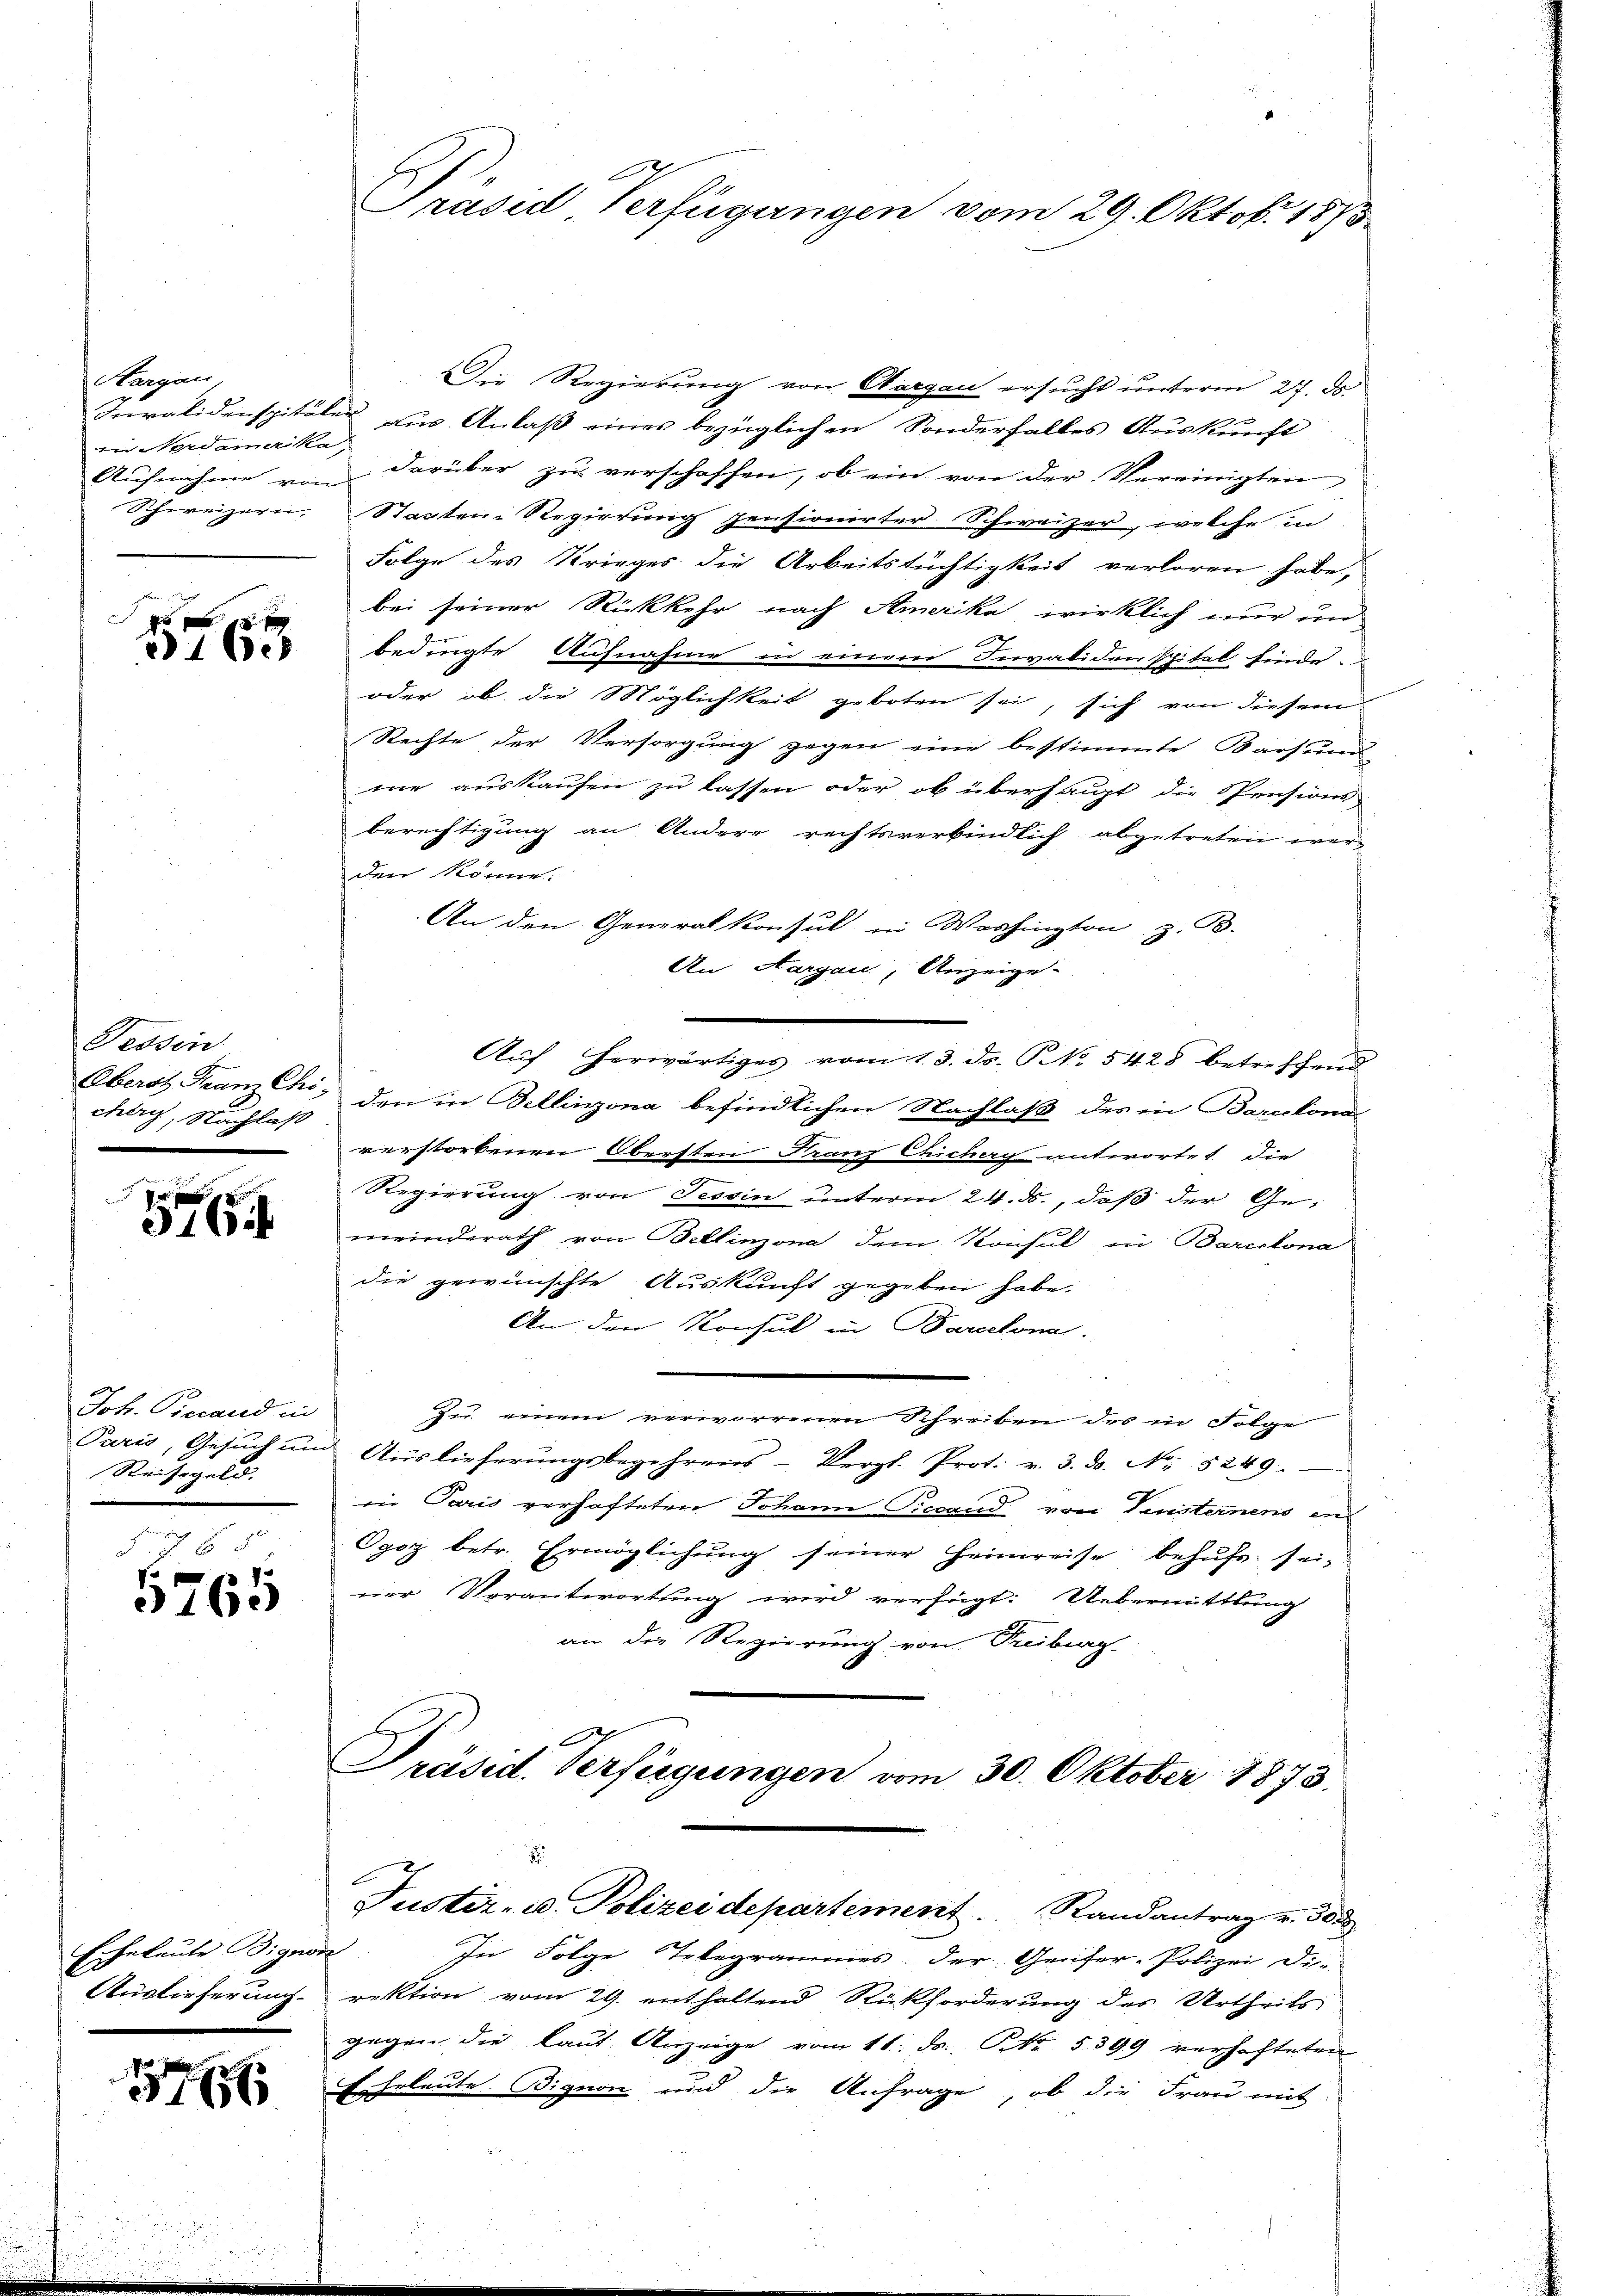
Kargau,
in Verdamerika,
Aufnahme von
Schweizern,

1 be

Tessin
cher, Nachlaß

3

Joh. Precand in
Paris, Gesuch um
Reisegeld.

57 x
5765

Eicheleute Bignon
Auslieferung

1

Präsid Verfügungen vom 29. Oktob. 1873.

F
Justiz- u. Polizeidepartement. Randantrag v. 30 d

Die Regierung von Aargau ersucht unterm 27. ds.
Invalidenspitäler aus Anlaß eines bezüglichen Sonderfalles Auskunft
darüber zu verschaffen, ob ein von der Vereinigten
Staaten-Regierung pensionirter Schweizer, welche in
Folge des Krieges die Arbeitstüchtigkeit verloren habe,
bei seiner Rückkehr nach Amerika wirklich nur un
bedingte Aufnahme in einem Invaliden spital finde.
oder ob die Möglichkeit geboten sei, sich von diesem
Rechte der Versorgung gegen eine bestimmte Barsund-
me auskaufen zu lassen oder ob überhaupt die Spensions-
berechtigung an Andere rechtsverbindlich abgetreten werden könne.
An den Generalkonsul in Washington, z. B.
An Aargau, Anzeige.
Auf herwärtiges vom 13. ds. NNo. 5428 betreffend
Eberst Franz Chi, den in Bellinzona befindlichen Nachlaß des in Barcelona
verstorbenen Obersten Franz Gichach antwortet die
Regierung von Tessin unterm 24. ds., daß der Gemeinderath von Bellinzona dem Konsul in Barcelona
die gewünschte Auskunft gegeben habe.
An den Konsul in Barcelona.
Zu einem verworrenen Schreiben des in Folge
Auslieferŭngsbegehrens-Vergl. Prot. v. 3. ds. No. 5249.
in Paris verhafteten Johann Piccand von Versternen und
Ogoz betr. Ermöglichung seiner Heimreise behufs sei-
ner Verantwortung wird verfügt: Uebermittlung
an die Regierung von Freiburg-
Präsid. Verfügungen vom 30. Oktober 1873.

In Folge Telegrammes, der Genfer-Polizei di-
rektion vom 29. enthaltend Rückforderung des Urtheils
gegen die laut Anzeige vom 11. ds. NNo. 5399 verhafteten
Ehrleute Bignon und die Anfrage, ob die Frau mit